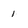
Character: 1